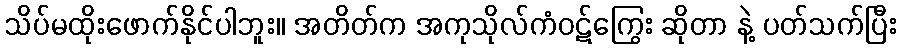
သိပ်မထိုးဖောက်နိုင်ပါဘူး။ အတိတ်က အကုသိုလ်ကံဝဋ်ကြွေး ဆိုတာ နဲ့ ပတ်သက်ပြီး